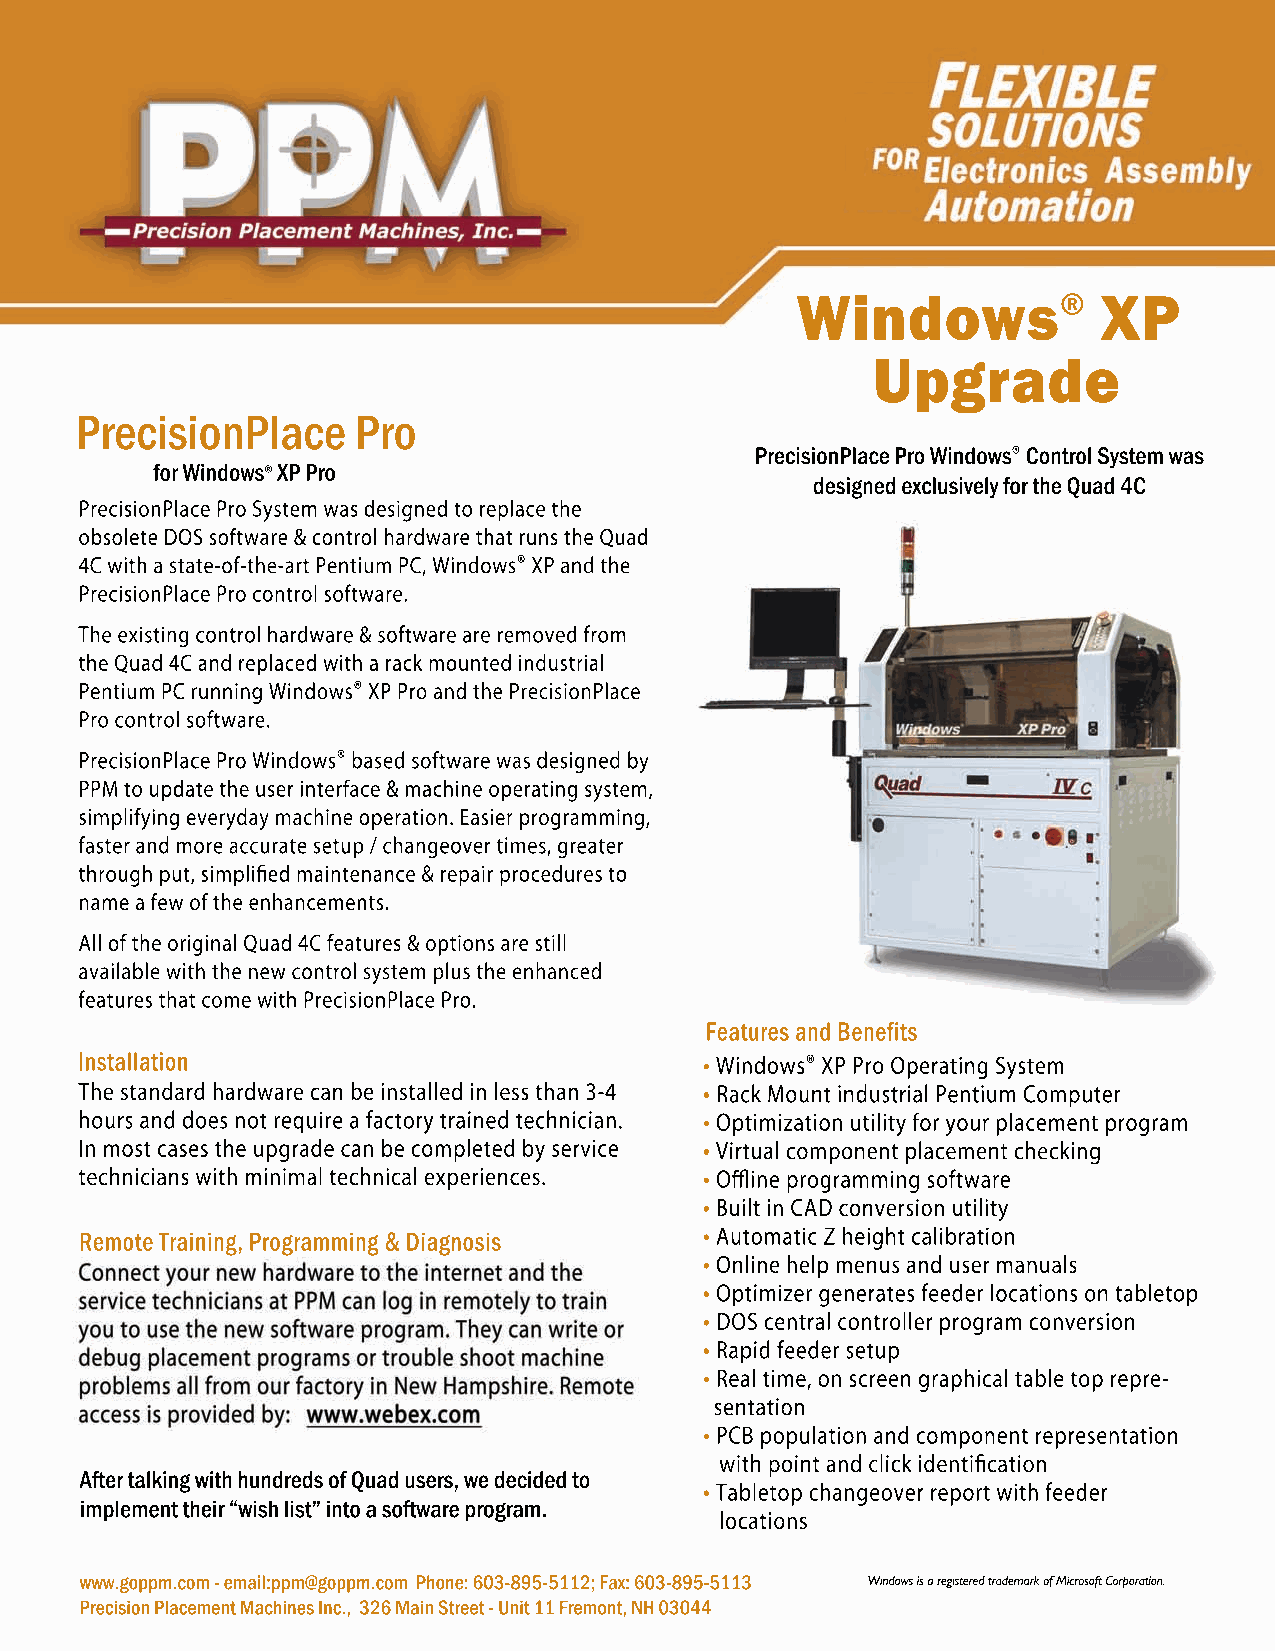
Windows®            XP
 Upgrade
 PrecisionPlace     Pro
 PrecisionPlace Pro Windows® Control System was
 for Windows® XP Pro
 designed exclusively for the Quad 4C
 PrecisionPlace Pro System was designed to replace the
 obsolete DOS software & control hardware that runs the Quad
 4C with a state-of-the-art Pentium PC, Windows® XP and the
 PrecisionPlace Pro control software.
 TThhee eexxiissttiinngg ccoonnttrrooll hhaarrddwwaarree && ssooffttwwaarree aarree rreemmoovveedd ffrroomm
 the Quad 4C and replaced with a rack mounted industrial
 Pentium PC running Windows® XP Pro and the PrecisionPlace
 Pro control software.
 PPrreecciissiioonnPPllaaccee PPrroo WWiinnddoowwss® based software was designed by
 PPM to update the user interface & machine operating system,
 simplifying everyday machine operation. Easier programming,
 faster and more accurate setup / changeover times, greater
 through put, simplified maintenance & repair procedures to
 name a few of the enhancements.
 All of the original Quad 4C features & options are still
 aavvaaiillaabbllee wwiitthh tthhee nneeww ccoonnttrrooll ssyysstteemm pplluuss tthhee eennhhaanncceedd
 features that come with PrecisionPlace Pro.
 Features and Benefits
 Installation                              • Windows® XP Pro Operating System
 The standard hardware can be installed in less than 3-4 • Rack Mount industrial Pentium Computer
 hours and does not require a factory trained technician. • Optimization utility for your placement program
 In most cases the upgrade can be completed by service • Virtual component placement checking
 technicians with minimal technical experiences. • Offline programming software
 • Built in CAD conversion utility
 •• Automatic Z height calibration
 Remote Training, Programming & Diagnosis
 • Online help menus and user manuals
 • Optimizer generates feeder locations on tabletop
 • DOS central controller program conversion
 • Rapid feeder setup
 • Real time, on screen graphical table top repre-
 sentation
 •• PCB population and component representation
 with point and click identification
 After talking with hundreds of Quad users, we decided to
 • Tabletop changeover report with feeder
 implement their “wish list” into a software program.
 locations
 www.goppm.com - email:ppm@goppm.com Phone: 603-895-5112; Fax: 603-895-5113 Windows is a registered trademark of Microsoft Corporation.
 Precision Placement Machines Inc., 326 Main Street - Unit 11 Fremont, NH 03044